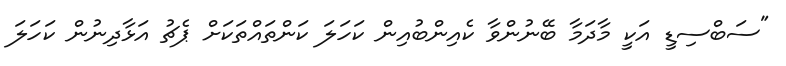
"ސަބްސިޑީ އަކީ މާދަމާ ބޭނުންވާ ކެއިންބުއިން ކަހަލަ ކަންތައްތަކަށް ޕެޗު އަޅާދިނުން ކަހަލަ